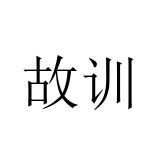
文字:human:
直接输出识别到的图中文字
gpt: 故训